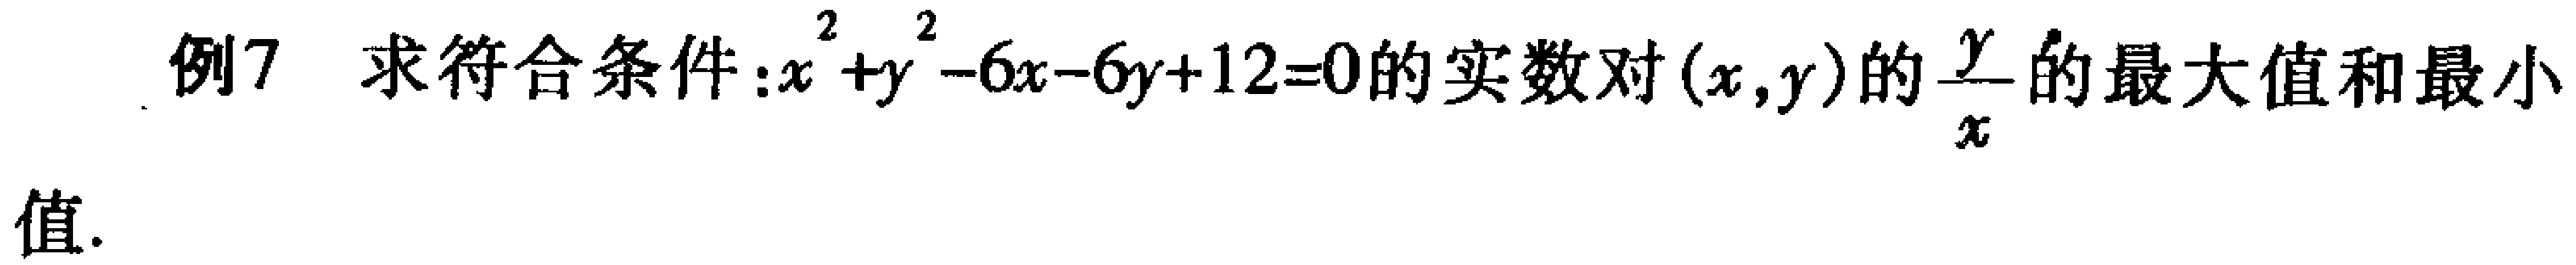
例7 求符合条件:$x^{2}+y^{2}-6x - 6y + 12 = 0$的实数对$(x,y)$的$\frac{y}{x}$的最大值和最小值.